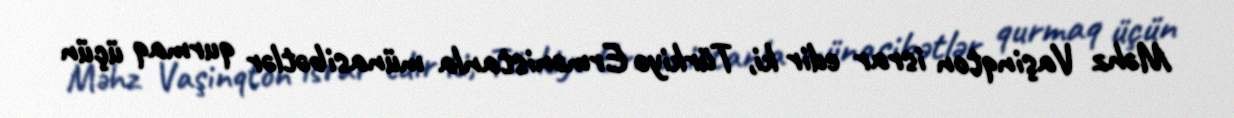
Məhz Vaşinqton israr edir ki, Türkiyə Ermənistanla münasibətlər qurmaq üçün